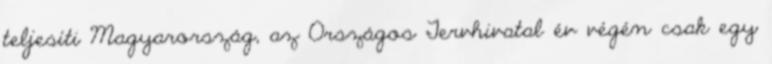
teljesíti Magyarország, az Országos Tervhivatal év végén csak egy